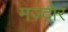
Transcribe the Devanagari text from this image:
मज़्दोर